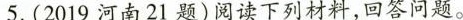
5.(2019河南21题)阅读下列材料，回答问题。